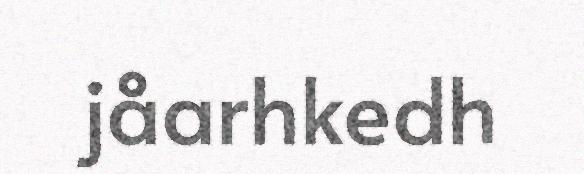
jåarhkedh